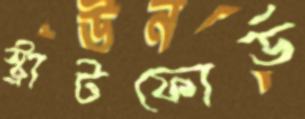
স্ট্রাটফোর্ড